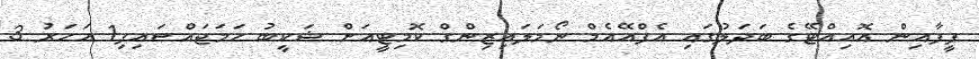
ފީފާއިން އޮއިއްޓޭގެ ބަދަލުގައި އެފްއޭއެމް ނޯމަލައިޒިންގް ކޮމިޓީއަށް ޝަކީބު ހަމަޖައްސައިފި1 އަހަރު 3